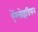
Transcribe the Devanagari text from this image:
ऐंग्लोइंडियन